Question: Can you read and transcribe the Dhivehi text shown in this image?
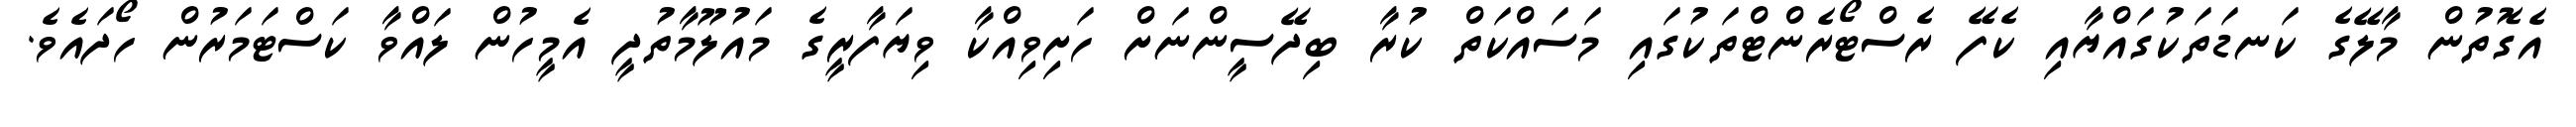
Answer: އެގޮތުން މާލޭގެ ކަނޑަތަކުގައްޔާއި ކެފޭ ރެސްޓޯރެންޓްތަކުގައި މަސައްކަތް ކުރާ ބިދޭސީންނަށް ހަށިވިއްކާ ވިޔަފާރީގެ މައުލޫމާތުދީ އެމީހުން ލައްވާ ކަސްޓަމަރުން ހޯދައެވެ.